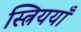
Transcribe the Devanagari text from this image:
स्त्रिययाँ